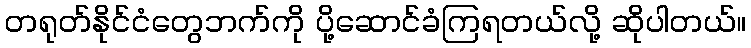
တရုတ်နိုင်ငံတွေဘက်ကို ပို့ဆောင်ခံကြရတယ်လို့ ဆိုပါတယ်။